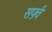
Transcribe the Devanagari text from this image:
सर्फ़्व